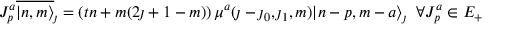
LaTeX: J _ { p } ^ { a } \overline { { { | n , m \rangle } } } _ { \jmath } = \left( t n + m ( 2 \jmath + 1 - m ) \right) \mu ^ { a } ( \jmath - \jmath _ { 0 } , \jmath _ { 1 } , m ) | n - p , m - a \rangle _ { \jmath } \; \; \forall J _ { p } ^ { a } \in { \cal E } _ { + }